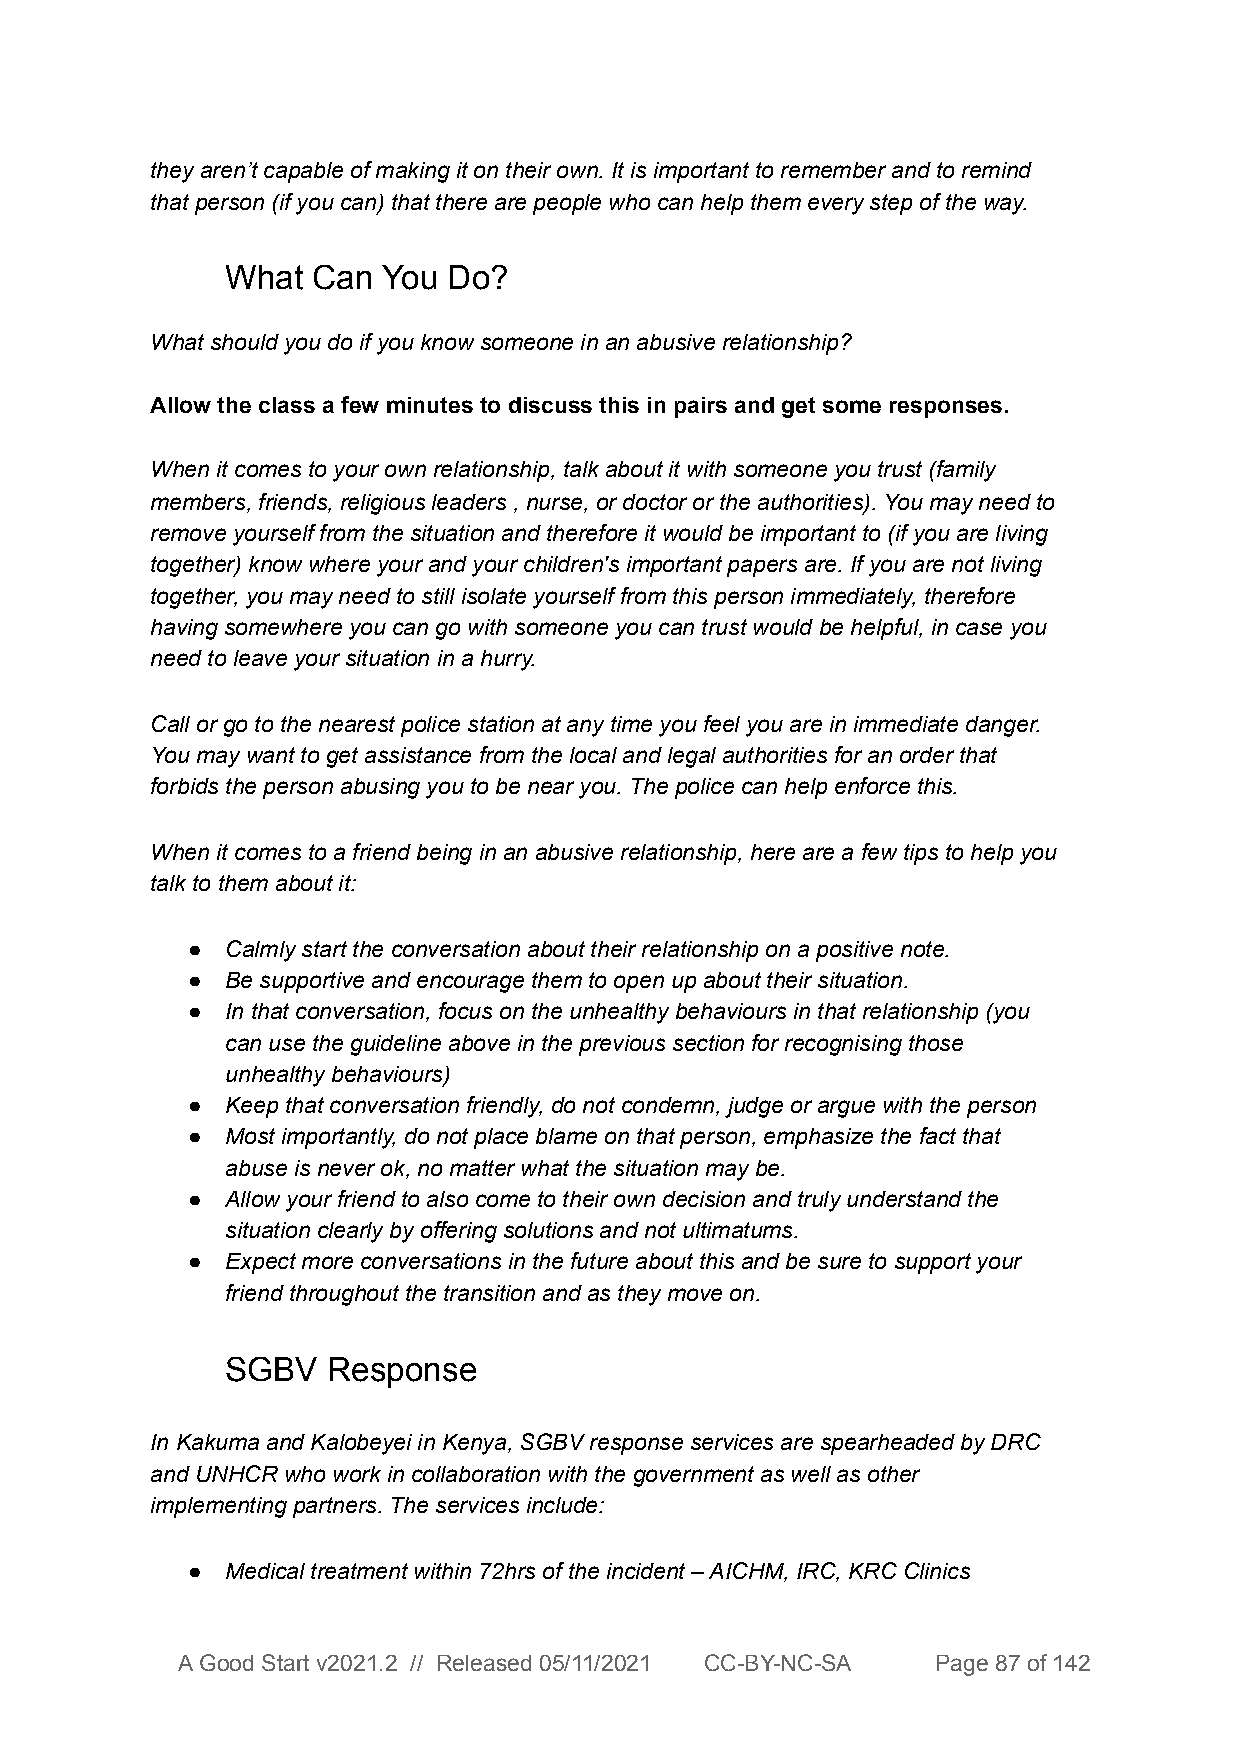
they aren’t capable of making it on their own. It is important to remember and to remind
 that person (if you can) that there are people who can help them every step of the way.
 What  Can You  Do?
 What should you do if you know someone in an abusive relationship?
 Allow the class a few minutes to discuss this in pairs and get some responses.
 When it comes to your own relationship, talk about it with someone you trust (family
 members, friends, religious leaders , nurse, or doctor or the authorities). You may need to
 remove yourself from the situation and therefore it would be important to (if you are living
 together) know where your and your children's important papers are. If you are not living
 together, you may need to still isolate yourself from this person immediately, therefore
 having somewhere you can go with someone you can trust would be helpful, in case you
 need to leave your situation in a hurry.
 Call or go to the nearest police station at any time you feel you are in immediate danger.
 You may want to get assistance from the local and legal authorities for an order that
 forbids the person abusing you to be near you. The police can help enforce this.
 When it comes to a friend being in an abusive relationship, here are a few tips to help you
 talk to them about it:
 ●  Calmly start the conversation about their relationship on a positive note.
 ●  Be supportive and encourage them to open up about their situation.
 ●  In that conversation, focus on the unhealthy behaviours in that relationship (you
 can use the guideline above in the previous section for recognising those
 unhealthy behaviours)
 ●  Keep that conversation friendly, do not condemn, judge or argue with the person
 ●  Most importantly, do not place blame on that person, emphasize the fact that
 abuse is never ok, no matter what the situation may be.
 ●  Allow your friend to also come to their own decision and truly understand the
 situation clearly by offering solutions and not ultimatums.
 ●  Expect more conversations in the future about this and be sure to support your
 friend throughout the transition and as they move on.
 SGBV   Response
 In Kakuma and Kalobeyei in Kenya, SGBV response services are spearheaded by DRC
 and UNHCR who work in collaboration with the government as well as other
 implementing partners. The services include:
 ●  Medical treatment within 72hrs of the incident – AICHM, IRC, KRC Clinics
 A Good Start v2021.2 // Released 05/11/2021 CC-BY-NC-SA Page 87 of 142